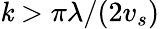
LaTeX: \mathit{k}>\pi\lambda/(2v_{s})